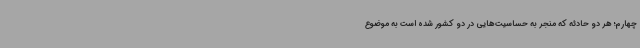
چهارم؛ هر دو حادثه که منجر به حساسیت‌هایی در دو کشور شده است به موضوع